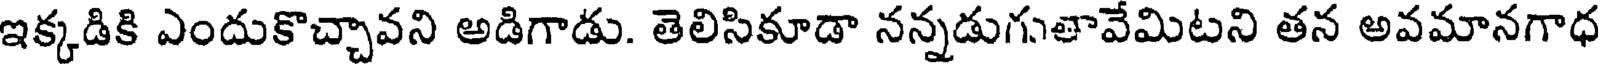
ఇక్కడికి ఎందుకొచ్చావని అడిగాడు. తెలిసికూడా నన్నడుగుతావేమిటని తన అవమానగాధ